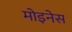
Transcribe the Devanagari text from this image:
मोइनेस